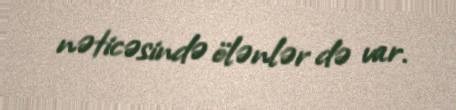
nəticəsində ölənlər də var.